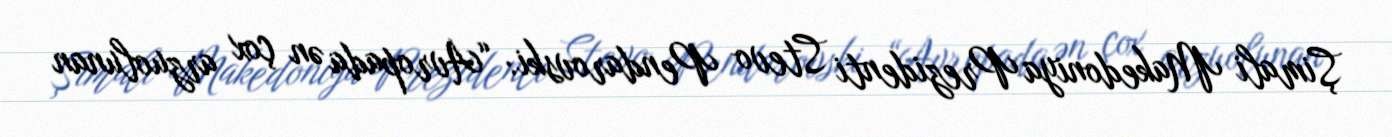
Şimali Makedoniya Prezidenti Stevo Pendarovski: “Avropada ən çox arzuolunan